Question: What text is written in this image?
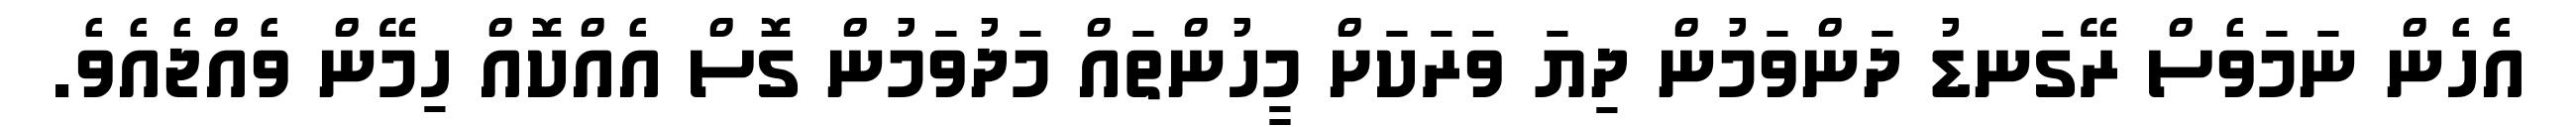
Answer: އެހެން ނަމަވެސް ރޭގަނޑު ދަންވަމުން ދިޔަ ވަރަކަށް މީހުންތައް މަދުވަމުން ގޮސް އެއްކޮއް ހިމޭން ވެއްޖެއެވެ.